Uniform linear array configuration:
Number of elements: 12
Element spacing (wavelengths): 1
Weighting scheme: uniform
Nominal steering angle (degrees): -45
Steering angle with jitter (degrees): -43.925
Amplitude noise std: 0.05
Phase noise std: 0.05

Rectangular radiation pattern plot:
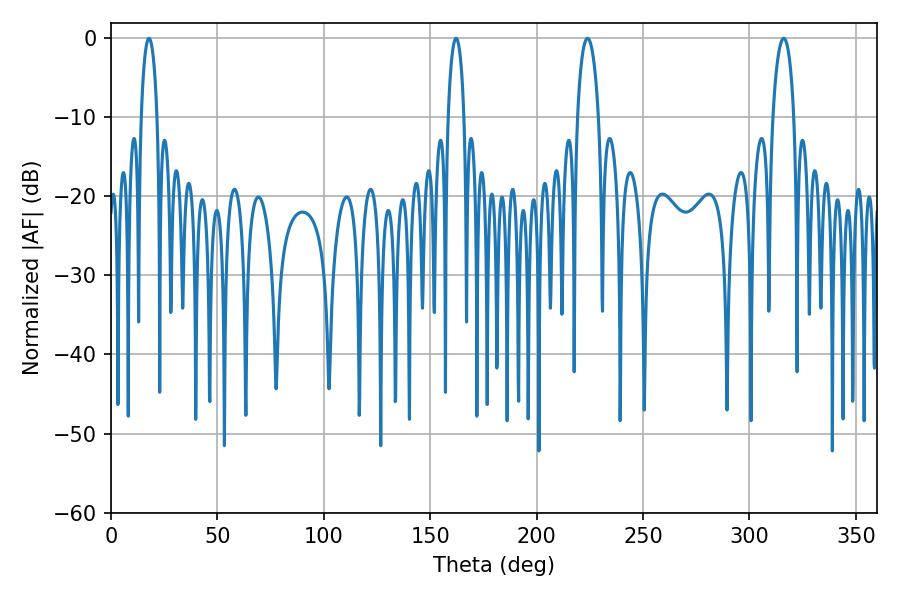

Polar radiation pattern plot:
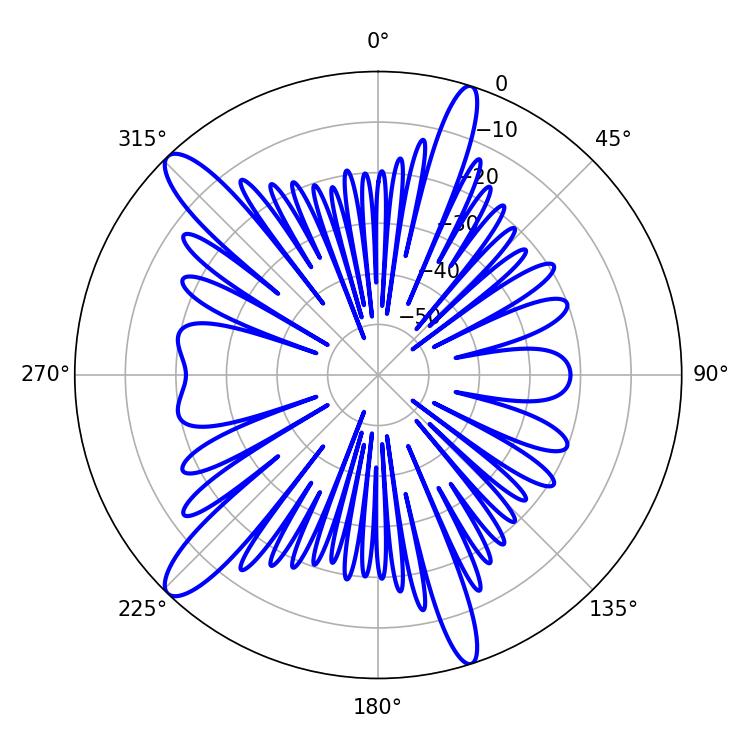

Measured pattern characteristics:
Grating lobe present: TRUE
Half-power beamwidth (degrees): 5.58
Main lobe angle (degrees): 223.92